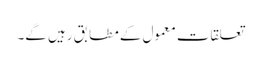
تعلقات معمول کے مطابق رہیں گے۔